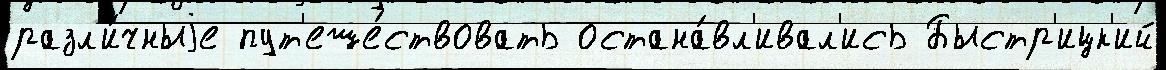
разл'и́чныjе пут'еше́ствовать остана́вл'ивал'ись Быстр'ицк'ий